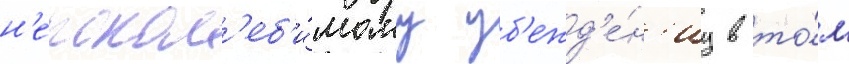
н'епокол'еб'и́мому уб'ежд'е́н'иу в то́м